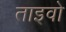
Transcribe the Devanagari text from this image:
ताइवो